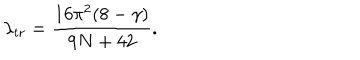
\lambda _ { t r } = \frac { 1 6 \pi ^ { 2 } ( 8 - \gamma ) } { 9 N + 4 2 } .